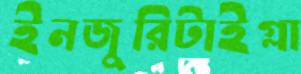
ইনজুরিটাইগ্লা